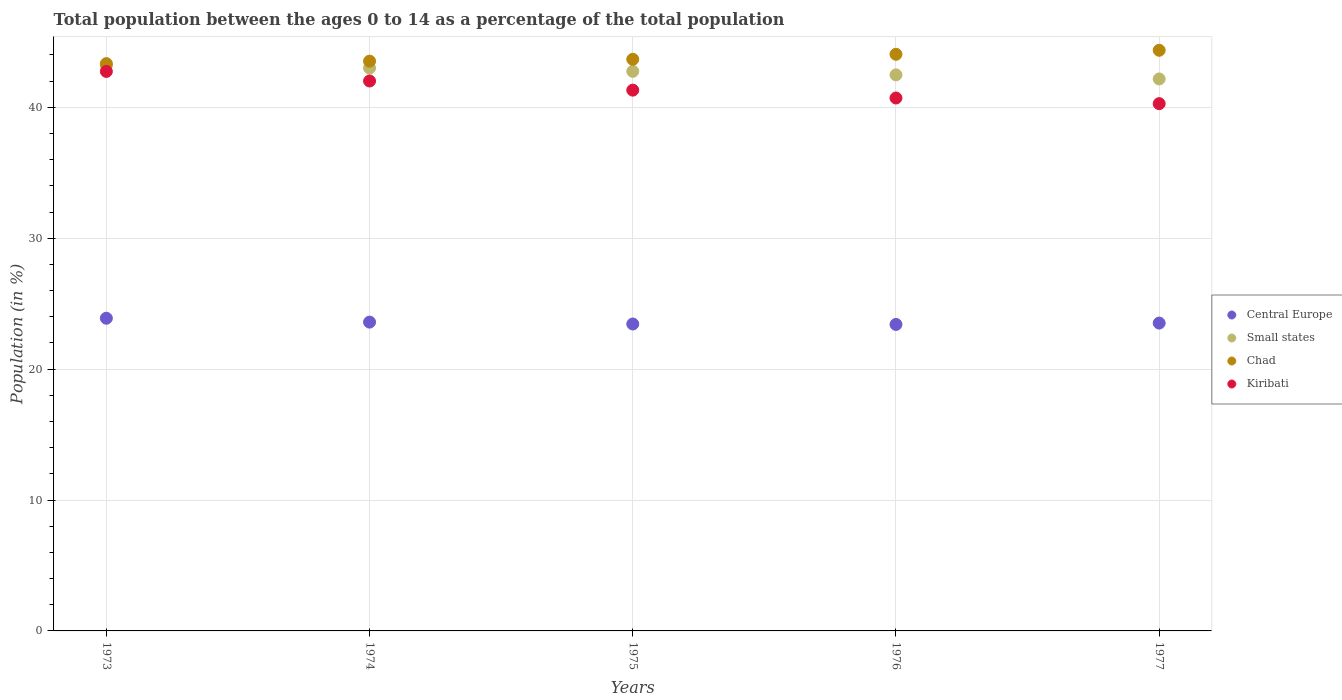
| Years | Central Europe | Small states | Chad | Kiribati |
 | --- | --- | --- | --- | --- |
 | 1973 | 23.9 | 43.2 | 43.3 | 42.7 |
 | 1974 | 23.6 | 43 | 43.5 | 42 |
 | 1975 | 23.4 | 42.7 | 43.7 | 41.3 |
 | 1976 | 23.4 | 42.5 | 44.1 | 40.7 |
 | 1977 | 23.5 | 42.2 | 44.4 | 40.3 |